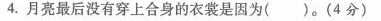
①裁缝做的衣裳不好。 ②月亮每天都在变化。